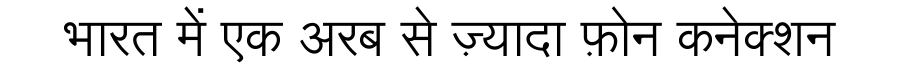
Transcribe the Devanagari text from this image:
भारत में एक अरब से ज़्यादा फ़ोन कनेक्शन